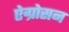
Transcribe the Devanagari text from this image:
ऐग्रोसन